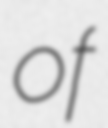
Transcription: of